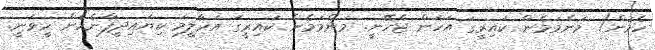
ހެމުން) މަންމަމެން ކައިރީގަ އަހަން ޖެހޭނީ. މަންމަމެން ކައިރީގަ އަހާލީމަ ކިޔައިދީފާނެހެން ހީވަނީ.